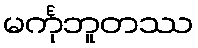
မင်္ကုဘူတဿ